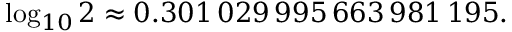
\log _ { 1 0 } 2 \approx 0 . 3 0 1 \, 0 2 9 \, 9 9 5 \, 6 6 3 \, 9 8 1 \, 1 9 5 .